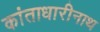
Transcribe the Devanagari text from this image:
कांताधारीनाथ